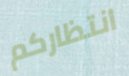
انتظاركم